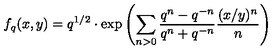
f _ { q } ( x , y ) = q ^ { 1 / 2 } \cdot \mathrm { e x p } \left( \sum _ { n > 0 } \frac { q ^ { n } - q ^ { - n } } { q ^ { n } + q ^ { - n } } \frac { ( x / y ) ^ { n } } { n } \right)